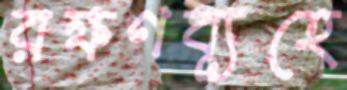
রক্ষণব্যূহে